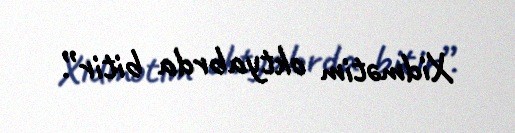
Xidmətim oktyabrda bitir”.